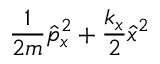
\frac { 1 } { 2 m } \hat { p } _ { x } ^ { 2 } + \frac { k _ { x } } { 2 } \hat { x } ^ { 2 }